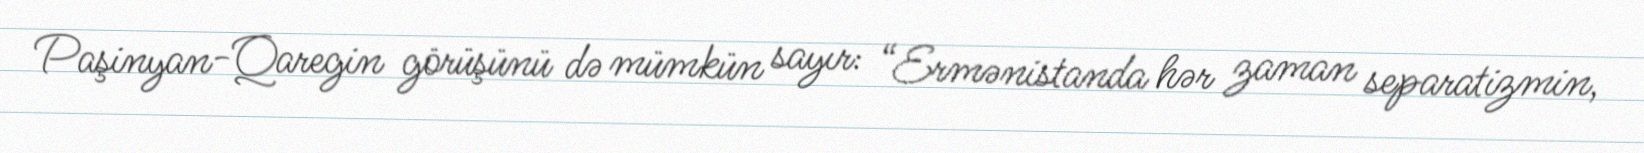
Paşinyan-Qaregin görüşünü də mümkün sayır: “Ermənistanda hər zaman separatizmin,